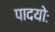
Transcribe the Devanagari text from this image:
पादयोः